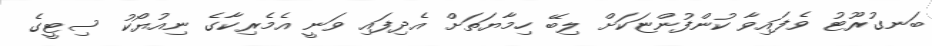
ބަނގުރޫޓު ވެފައިވާ ކުންފުންޏަކަށް ލިބޭ ހިމާޔަތަށް އެދިފައި ވަނީ އެމެރިކާގެ ނިއުޔޯކު ސިޓީގެ